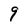
Character: 9